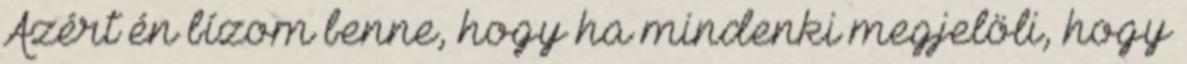
Azért én bízom benne, hogy ha mindenki megjelöli, hogy